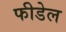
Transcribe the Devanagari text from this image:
फीडेल